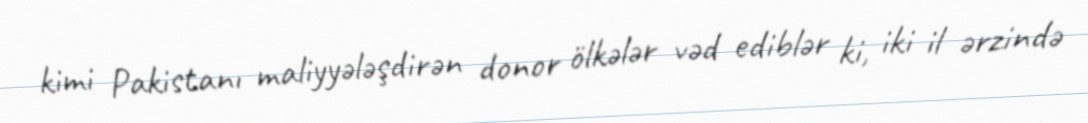
kimi Pakistanı maliyyələşdirən donor ölkələr vəd ediblər ki, iki il ərzində